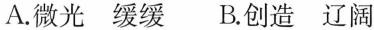
A.微光缓缓B.创造辽阔